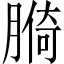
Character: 𦟑